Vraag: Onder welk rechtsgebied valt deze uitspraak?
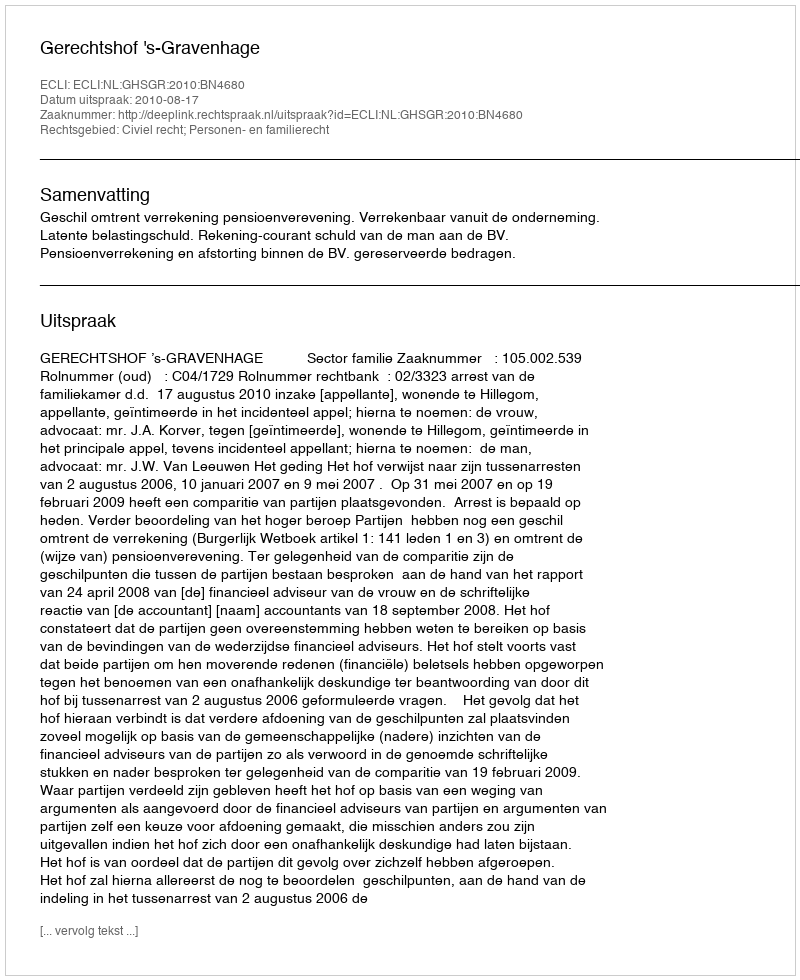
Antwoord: Civiel recht; Personen- en familierecht